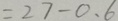
= 2 7 - 0 . 6